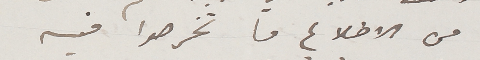
من الاطلاع ما تخرصوا فيه